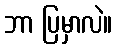
ဘာ ပြမှာလဲ။